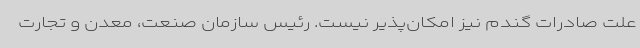
علت صادرات گندم نیز امکان‌پذیر نیست. رئیس سازمان صنعت، معدن و تجارت